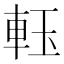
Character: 𨋔